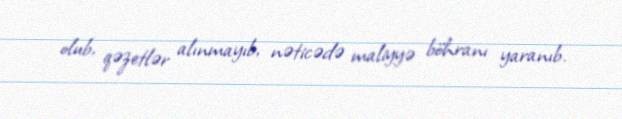
olub, qəzetlər alınmayıb, nəticədə maliyyə böhranı yaranıb.